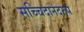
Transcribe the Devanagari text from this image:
सच्चिदानंदरुप